Civil Veterinary Department Bihar & Orissa reports 1922-29 - 1922-1929
Year: 1922
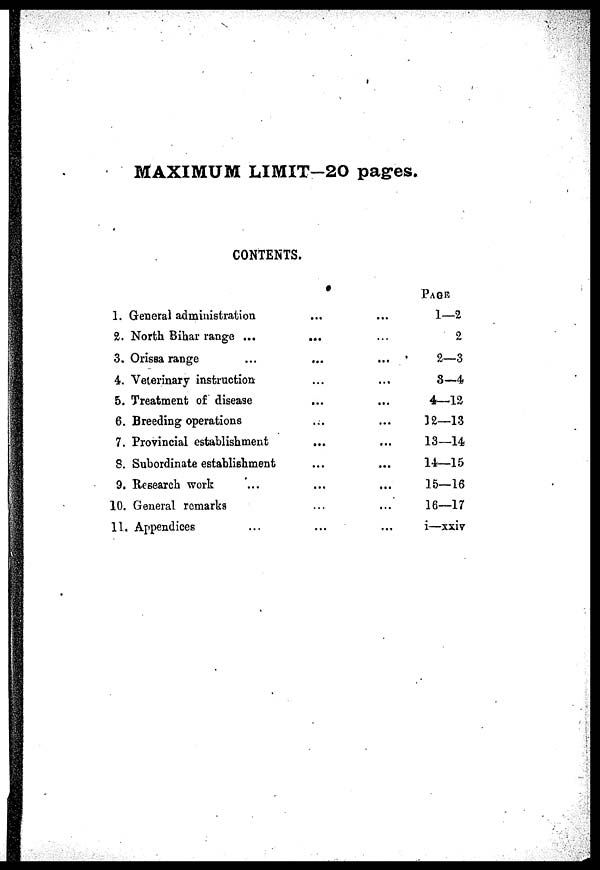
MAXIMUM LIMIT-20 pages.
CONTENTS.
1. General administration
2. North Bihar range ...
3. Orissa range
4. Veterinary instruction
5. Treatment of disease
6. Breeding operations
7. Provincial establishment
8. Subordinate establishment
9. Research work
10. General remarks
11. Appendices
...
...
...
...
...
...
...
...
...
...
...
...
...
...
...
...
...
...
...
...
...
PAGE
1—2
2
2—3
8—4
4—12
32—13
13—14
14—15
15—16
16—17
i—xxiv